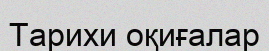
Тарихи оқиғалар